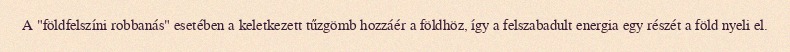
A "földfelszíni robbanás" esetében a keletkezett tűzgömb hozzáér a földhöz, így a felszabadult energia egy részét a föld nyeli el.